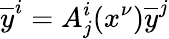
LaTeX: {\overline{{y}}}^{i}=A_{j}^{i}(x^{\nu}){\overline{{y}}}^{j}